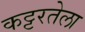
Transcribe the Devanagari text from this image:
कट्टरतेला